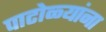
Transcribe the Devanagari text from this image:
पाटोळ्यांना